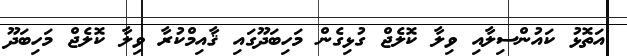
އަތޮޅު ކައުންސިލާއި ވިލާ ކޮލެޖް ގުޅިގެން މަހިބަދޫގައި ޤާއިމްކުރާ ވިލާ ކޮލެޖް މަހިބަދޫ